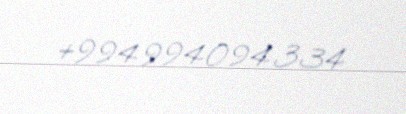
+994994094334